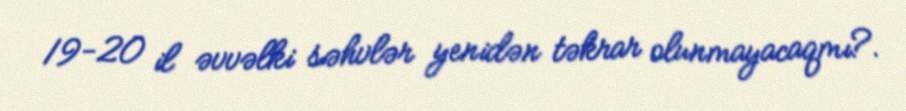
19-20 il əvvəlki səhvlər yenidən təkrar olunmayacaqmı?.